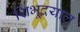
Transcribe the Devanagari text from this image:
शिंभूदयाल